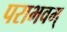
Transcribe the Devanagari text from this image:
पराभवम्‌